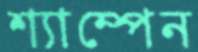
শ্যাম্পেন